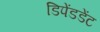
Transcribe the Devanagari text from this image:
डिपेंडडेंट